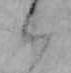
ハ